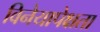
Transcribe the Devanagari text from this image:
विनेयापेक्षता